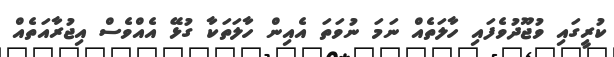
ކުރީގައި ވުޖޫދުވެފައި ހާލަތެއް ނަމަ ނުވަތަ އެއިން ހާލަތަކާ ގުޅޭ އެއްވެސް އިޖުރާއަތެއް